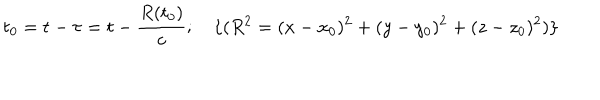
LaTeX: t _ { 0 } = t - \tau = t - \frac { R ( t _ { 0 } ) } { c } ; \quad \{ ( R ^ { 2 } = ( x - x _ { 0 } ) ^ { 2 } + ( y - y _ { 0 } ) ^ { 2 } + ( z - z _ { 0 } ) ^ { 2 } ) \}